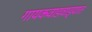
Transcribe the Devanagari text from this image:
गायकवाडवाड्यात